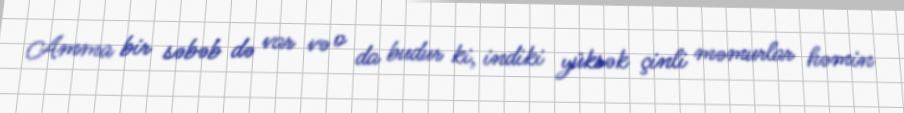
Amma bir səbəb də var və o da budur ki, indiki yüksək çinli məmurlar həmin